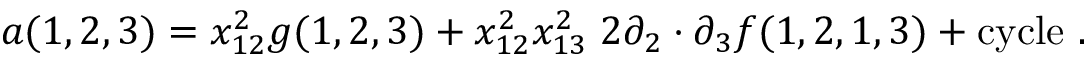
a ( 1 , 2 , 3 ) = x _ { 1 2 } ^ { 2 } g ( 1 , 2 , 3 ) + x _ { 1 2 } ^ { 2 } x _ { 1 3 } ^ { 2 } \; 2 \partial _ { 2 } \cdot \partial _ { 3 } f ( 1 , 2 , 1 , 3 ) + \mathrm { c y c l e } \ .